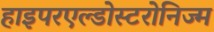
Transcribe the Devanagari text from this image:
हाइपरएल्डोस्टरोनिज्म